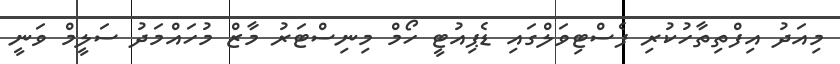
މިއަދު އިފްތިތާހުކުރި ފެސްޓިވަލްގައި ޑެޕިއުޓީ ހޯމް މިނިސްޓަރު މާޒް މުހައްމަދު ސަލީމް ވަނީ